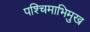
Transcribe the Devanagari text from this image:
पश्‍चिमाभिमुख